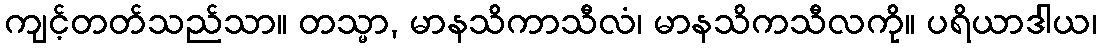
ကျင့်တတ်သည်သာ။ တသ္မာ, မာနသိကာသီလံ၊ မာနသိကသီလကို။ ပရိယာဒါယ၊